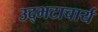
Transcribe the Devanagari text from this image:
उद्भटाचार्य